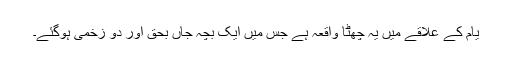
یام کے علاقے میں یہ چھٹا واقعہ ہے جس میں ایک بچہ جاں بحق اور دو زخمی ہوگئے۔